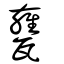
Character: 甕